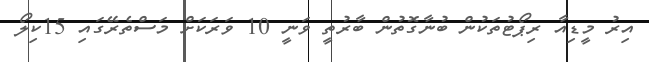
އިރު މީޑިއާ ރިޕޯޓުތަކުން ބުނާގޮތުން ބާރުތީ ވަނީ 10 ވަރަކަށް މަސްތެރޭގައި 15ކިލޯ